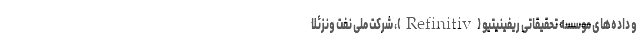
و داده‌های موسسه تحقیقاتی ریفینیتیو (Refinitiv)، شرکت ملی نفت ونزئلا